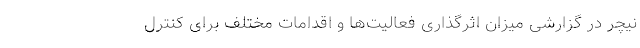
نیچر در گزارشی میزان اثرگذاری فعالیت‌ها و اقدامات مختلف برای کنترل